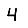
Digit: 4